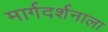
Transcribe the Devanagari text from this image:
मार्गदर्शनाला